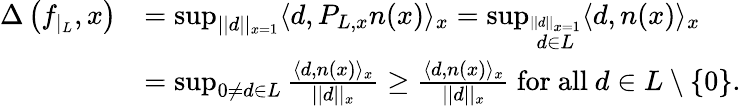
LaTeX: \begin{array}{rl}{\Delta\left(f_{\vert_{L}},x\right)}&{=\operatorname*{sup}_{\vert\vert d\vert\vert_{x=1}}\langle d,P_{L,x}n(x)\rangle_{x}=\operatorname*{sup}_{\stackrel{\vert\vert d\vert\vert_{x=1}}{d\in L}}\langle d,n(x)\rangle_{x}}\\ &{=\operatorname*{sup}_{0\neq d\in L}\frac{\langle d,n(x)\rangle_{x}}{\vert\vert d\vert\vert_{x}}\ge\frac{\langle d,n(x)\rangle_{x}}{\vert\vert d\vert\vert_{x}}\mathrm{~for~all~}d\in L\setminus\{ 0\} .}\end{array}